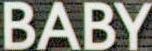
BABY